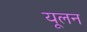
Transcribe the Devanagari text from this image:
यूलन